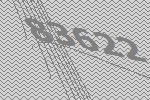
83622